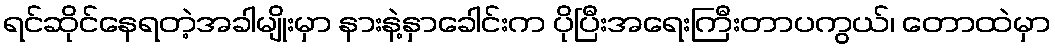
ရင်ဆိုင်နေရတဲ့အခါမျိုးမှာ နားနဲ့နှာခေါင်းက ပိုပြီးအရေးကြီးတာပကွယ်၊ တောထဲမှာ